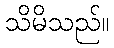
သိမိသည်။